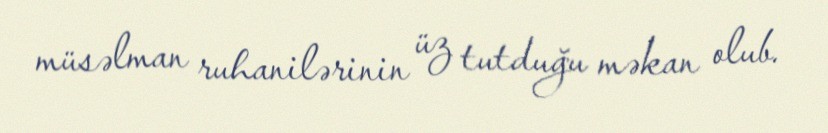
müsəlman ruhanilərinin üz tutduğu məkan olub.